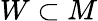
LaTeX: W\subset M